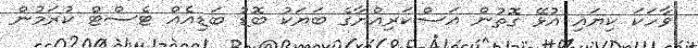
ވާހަކަ ކިޔައި އުޅޭ ގޮތުން އަސްކަރިއްޔާގެ ބަޔަކު ބޮޑު ބަޑިއެއް ޓެސްޓް ކުރަމުން